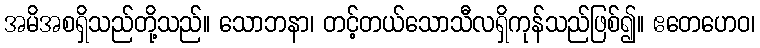
အမိအစရှိသည်တို့သည်။ သောဘနာ၊ တင့်တယ်သောသီလရှိကုန်သည်ဖြစ်၍။ ဧတေဟေဝ၊